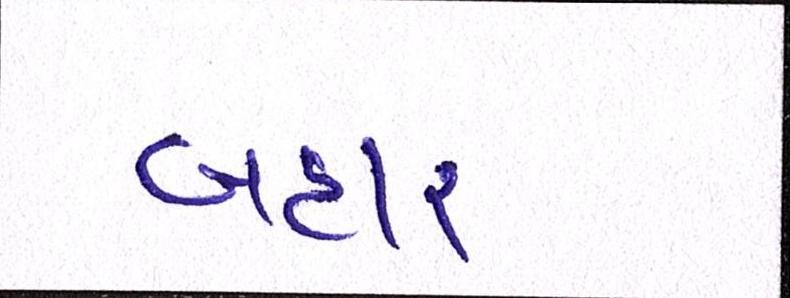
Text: બહાર